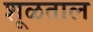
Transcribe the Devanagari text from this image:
शूळताल